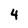
Character: 4